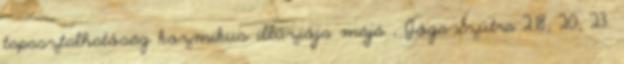
tapasztalhatóság kozmikus illúziója májá , Jóga-Szútra 2.18; 20; 23.